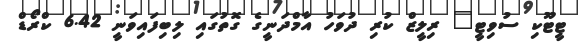
ޓީޓޫކި ސުވިޓީ" ރިލީޒް ކުރި ދުވަހު އާމްދަނީގެ ގޮތުގައި ލިބިފައިވަނީ 6.42 ކްރޯޑް